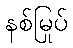
နစ်မြုပ်